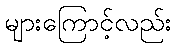
များကြောင့်လည်း